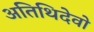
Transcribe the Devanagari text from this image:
अतिथिदेवो